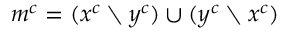
m ^ { c } = ( x ^ { c } \setminus y ^ { c } ) \cup ( y ^ { c } \setminus x ^ { c } )